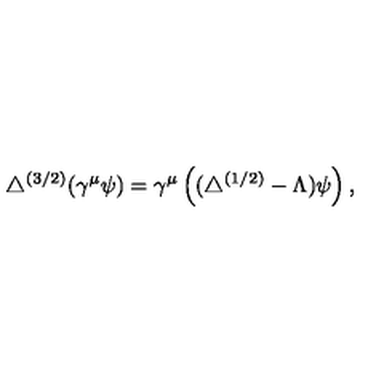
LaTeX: \triangle ^ { ( 3 / 2 ) } ( \gamma ^ { \mu } \psi ) = \gamma ^ { \mu } \left( ( \triangle ^ { ( 1 / 2 ) } - \Lambda ) \psi \right) ,